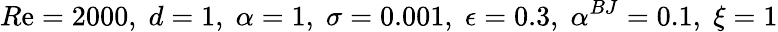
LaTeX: R\mathrm{e}=2000,\; d=1,\; \alpha=1,\; \sigma=0.001,\; \epsilon=0.3,\; \alpha^{BJ}=0.1,\; \xi=1